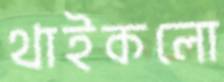
থাইকলো